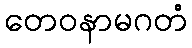
တေဝနာမဂတံ